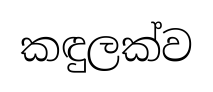
කඳුලක්ව